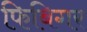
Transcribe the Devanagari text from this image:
फिबिगर